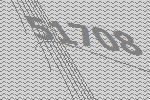
51708